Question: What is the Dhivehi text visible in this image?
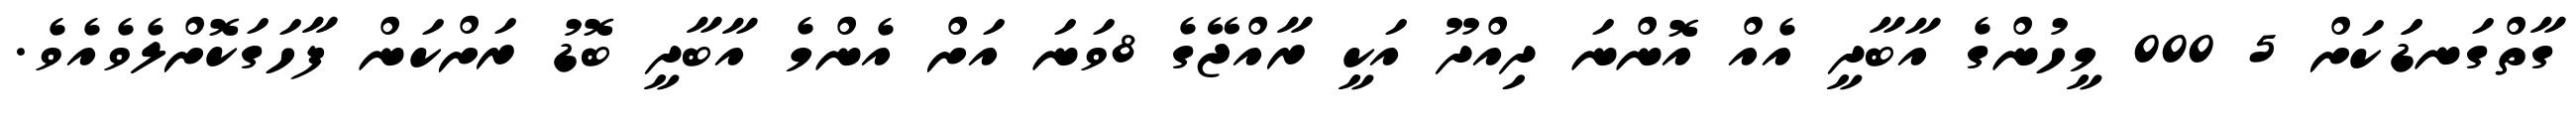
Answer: ގާތްގަނޑަަކަށް 5 000 މީހުންގެ އާބާދީ އެއް އޮންނަ ދިއްދޫ އަކީ ރާއްޖޭގެ 8ވަނަ އަށް އެންމެ އާބާދީ ބޮޑު ރަށްކަން ފާހަގަކޮށްލެވެއެވެ.